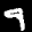
Label: 9